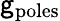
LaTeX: \mathsf{g}_{\mathrm{{poles}}}